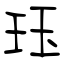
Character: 珏